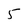
Character: 5